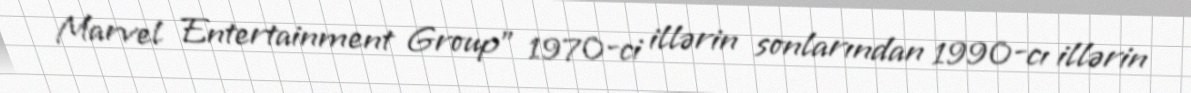
Marvel Entertainment Group" 1970-ci illərin sonlarından 1990-cı illərin